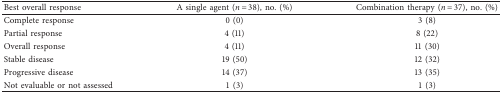
| Best overall response | A single agent (n = 38), no. (%) | Combination therapy (n = 37), no. (%) |
 | --- | --- | --- |
 | Complete response | 0 (0) | 3 (8) |
 | Partial response | 4 (11) | 8 (22) |
 | Overall response | 4 (11) | 11 (30) |
 | Stable disease | 19 (50) | 12 (32) |
 | Progressive disease | 14 (37) | 13 (35) |
 | Not evaluable or not assessed | 1 (3) | 1 (3) |